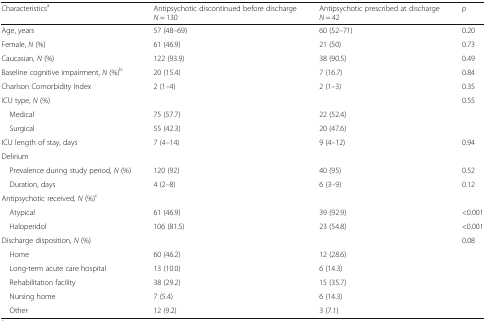
<table><thead><tr><td><b>Characteristics<sup>a</sup></b></td><td><b>Antipsychotic discontinued before discharge<i>N</i> = 130</b></td><td><b>Antipsychotic prescribed at discharge<i>N</i> = 42</b></td><td><b><i>p</i></b></td></tr></thead><tbody><tr><td>Age, years</td><td>57 (48–69)</td><td>60 (52–71)</td><td>0.20</td></tr><tr><td>Female, <i>N</i> (%)</td><td>61 (46.9)</td><td>21 (50)</td><td>0.73</td></tr><tr><td>Caucasian, <i>N</i> (%)</td><td>122 (93.9)</td><td>38 (90.5)</td><td>0.49</td></tr><tr><td>Baseline cognitive impairment, <i>N</i> (%)<sup>b</sup></td><td>20 (15.4)</td><td>7 (16.7)</td><td>0.84</td></tr><tr><td>Charlson Comorbidity Index</td><td>2 (1–4)</td><td>2 (1–3)</td><td>0.35</td></tr><tr><td>ICU type, <i>N</i> (%)</td><td>[EMPTY_CELL]</td><td>[EMPTY_CELL]</td><td>0.55</td></tr><tr><td> Medical</td><td>75 (57.7)</td><td>22 (52.4)</td><td rowspan="2">[EMPTY_CELL]</td></tr><tr><td> Surgical</td><td>55 (42.3)</td><td>20 (47.6)</td></tr><tr><td>ICU length of stay, days</td><td>7 (4–14)</td><td>9 (4–12)</td><td>0.94</td></tr><tr><td colspan="4">Delirium</td></tr><tr><td> Prevalence during study period, <i>N</i> (%)</td><td>120 (92)</td><td>40 (95)</td><td>0.52</td></tr><tr><td> Duration, days</td><td>4 (2–8)</td><td>6 (3–9)</td><td>0.12</td></tr><tr><td colspan="4">Antipsychotic received, <i>N</i> (%)<sup>c</sup></td></tr><tr><td> Atypical</td><td>61 (46.9)</td><td>39 (92.9)</td><td>&lt;0.001</td></tr><tr><td> Haloperidol</td><td>106 (81.5)</td><td>23 (54.8)</td><td>&lt;0.001</td></tr><tr><td>Discharge disposition, <i>N</i> (%)</td><td>[EMPTY_CELL]</td><td>[EMPTY_CELL]</td><td>0.08</td></tr><tr><td> Home</td><td>60 (46.2)</td><td>12 (28.6)</td><td rowspan="5">[EMPTY_CELL]</td></tr><tr><td> Long-term acute care hospital</td><td>13 (10.0)</td><td>6 (14.3)</td></tr><tr><td> Rehabilitation facility</td><td>38 (29.2)</td><td>15 (35.7)</td></tr><tr><td> Nursing home</td><td>7 (5.4)</td><td>6 (14.3)</td></tr><tr><td> Other</td><td>12 (9.2)</td><td>3 (7.1)</td></tr></tbody></table>